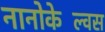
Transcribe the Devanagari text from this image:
नानोकेल्विंस